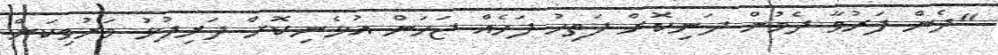
"ދެން ފަރުވާ ދެމުން ދަނިކޮށް ފަތިހު ފަހެއް ޖަހަން އުޅެނިކޮށް ދަރިފުޅު މަރުވިކަން